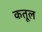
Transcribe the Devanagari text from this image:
कतूल